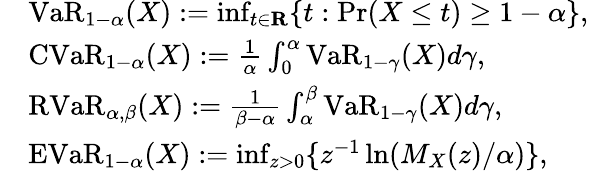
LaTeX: {\begin{array}{rl}&{{\mathrm{VaR}}_{1-\alpha}(X):=\operatorname*{inf}_{t\in\mathbf{R}}\{ t:{\mathrm{Pr}}(X\leq t)\geq 1-\alpha\} ,}\\ &{{\mathrm{CVaR}}_{1-\alpha}(X):={\frac{1}{\alpha}}\int_{0}^{\alpha}{\mathrm{VaR}}_{1-\gamma}(X)d\gamma,}\\ &{{\mathrm{RVaR}}_{\alpha,\beta}(X):={\frac{1}{\beta-\alpha}}\int_{\alpha}^{\beta}{\mathrm{VaR}}_{1-\gamma}(X)d\gamma,}\\ &{{\mathrm{EVaR}}_{1-\alpha}(X):=\operatorname*{inf}_{z>0}\{ z^{-1}\ln(M_{X}(z)/\alpha)\} ,}\end{array}}